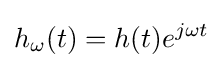
h_{\omega }(t)=h(t)e^{j\omega t}